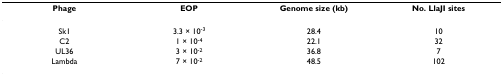
| Phage | EOP | Genome size (kb) | No. LlaJI sites |
 | --- | --- | --- | --- |
 | Sk1 | 3.3 × 10-3 | 28.4 | 10 |
 | C2 | 1 × 10-4 | 22.1 | 32 |
 | UL36 | 3 × 10-2 | 36.8 | 7 |
 | Lambda | 7 × 10-2 | 48.5 | 102 |